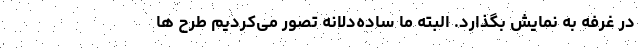
در غرفه به نمایش بگذارد. البته ما ساده‌دلانه تصور می‌کردیم طرح ها